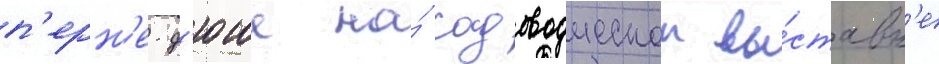
п'ерн'е-д'юше на́ садоводческои вы́ставк'е